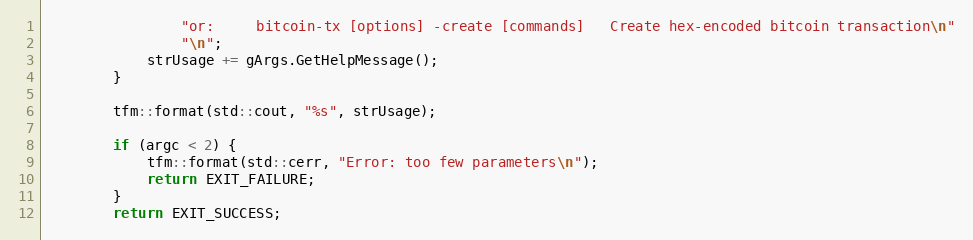
Language: C++
                "or:     bitcoin-tx [options] -create [commands]   Create hex-encoded bitcoin transaction\n"
                "\n";
            strUsage += gArgs.GetHelpMessage();
        }

        tfm::format(std::cout, "%s", strUsage);

        if (argc < 2) {
            tfm::format(std::cerr, "Error: too few parameters\n");
            return EXIT_FAILURE;
        }
        return EXIT_SUCCESS;